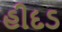
હીદડ